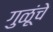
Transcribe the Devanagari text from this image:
गुळूंचे